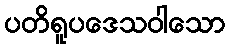
ပတိရူပဒေသဝါသော